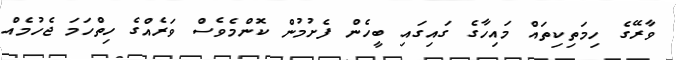
ވާރޭގެ ހިމަތިކިތައް މައިހާގެ ގައިގައި ބީހެން ފެށުމުން ކޮންމެވެސް ވަރެއްގެ ހިތްހަމަ ޖެހުމެއް